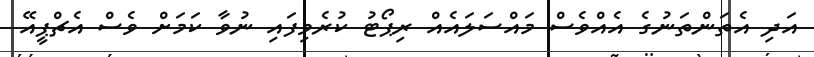
އަދި އެތަންތަނުގެ އެއްވެސް މައްސަލައެއް ރިޕޯޓު ކުރެވިފައި ނުވާ ކަމަށް ވެސް އެޗްޕީއޭ